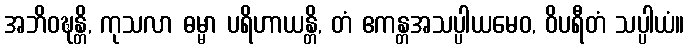
အဘိဝဍ္ဎန္တိ, ကုသလာ ဓမ္မာ ပရိဟာယန္တိ, တံ ဧကန္တအသပ္ပါယမေဝ, ဝိပရီတံ သပ္ပါယံ။